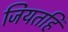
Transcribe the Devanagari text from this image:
जियतहिं